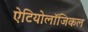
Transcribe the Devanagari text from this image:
ऐटियोलॉजिकल